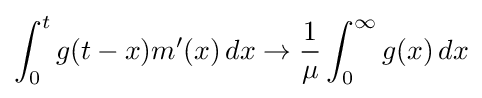
\int _{0}^{t}g(t-x)m'(x)\,dx\rightarrow {\frac {1}{\mu }}\int _{0}^{\infty }g(x)\,dx